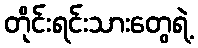
တိုင်းရင်းသားတွေရဲ့